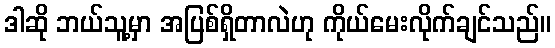
ဒါဆို ဘယ်သူ့မှာ အပြစ်ရှိတာလဲဟု ကိုယ်မေးလိုက်ချင်သည်။